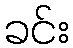
ခင်း